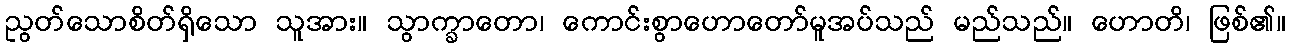
ညွတ်သောစိတ်ရှိသော သူအား။ သွာက္ခာတော၊ ကောင်းစွာဟောတော်မူအပ်သည် မည်သည်။ ဟောတိ၊ ဖြစ်၏။